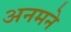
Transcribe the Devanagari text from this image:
अनमने